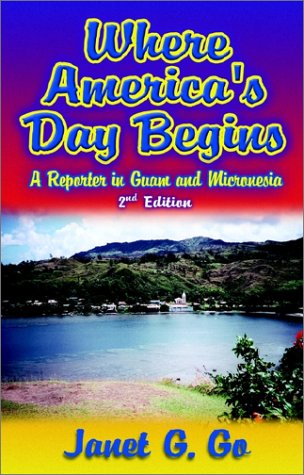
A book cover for Where America's Day Begins: A Reporter in Guam and Micronesia; Janet G. Go; Travel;